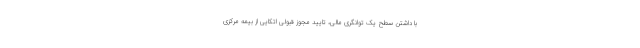
با داشتن سطح یک توانگری مالی، تایید مجوز قبولی اتکایی از بیمه مرکزی